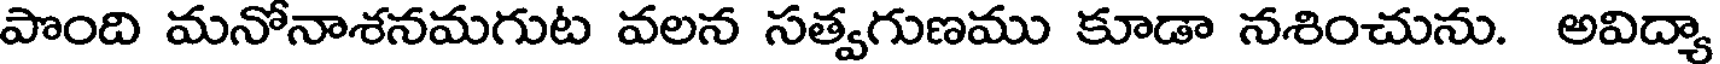
పొంది మనోనాశనమగుట వలన సత్వగుణము కూడా నశించును. అవిద్యా